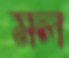
মল